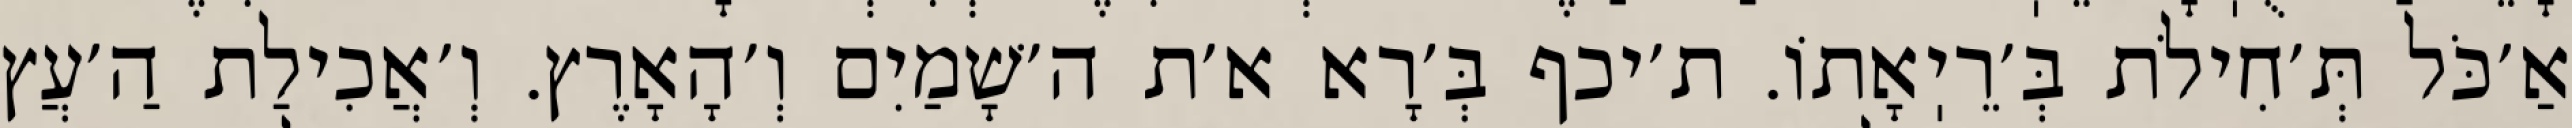
אַ׳כֹּל תְּ׳חִילֹת בְּ׳רֵיֽאָתוֹ. ת׳יכף בְּ׳רָא א׳ת ה׳שָׁמַיִם וְ׳הָאָרֶץ. וְ׳אֲכִילַת הַ׳עֲץ